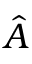
\hat { A }